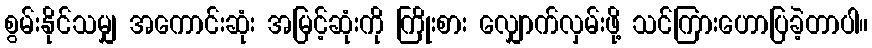
စွမ်းနိုင်သမျှ အကောင်းဆုံး အမြင့်ဆုံးကို ကြိုးစား လျှောက်လှမ်းဖို့ သင်ကြားဟောပြခဲ့တာပါ။